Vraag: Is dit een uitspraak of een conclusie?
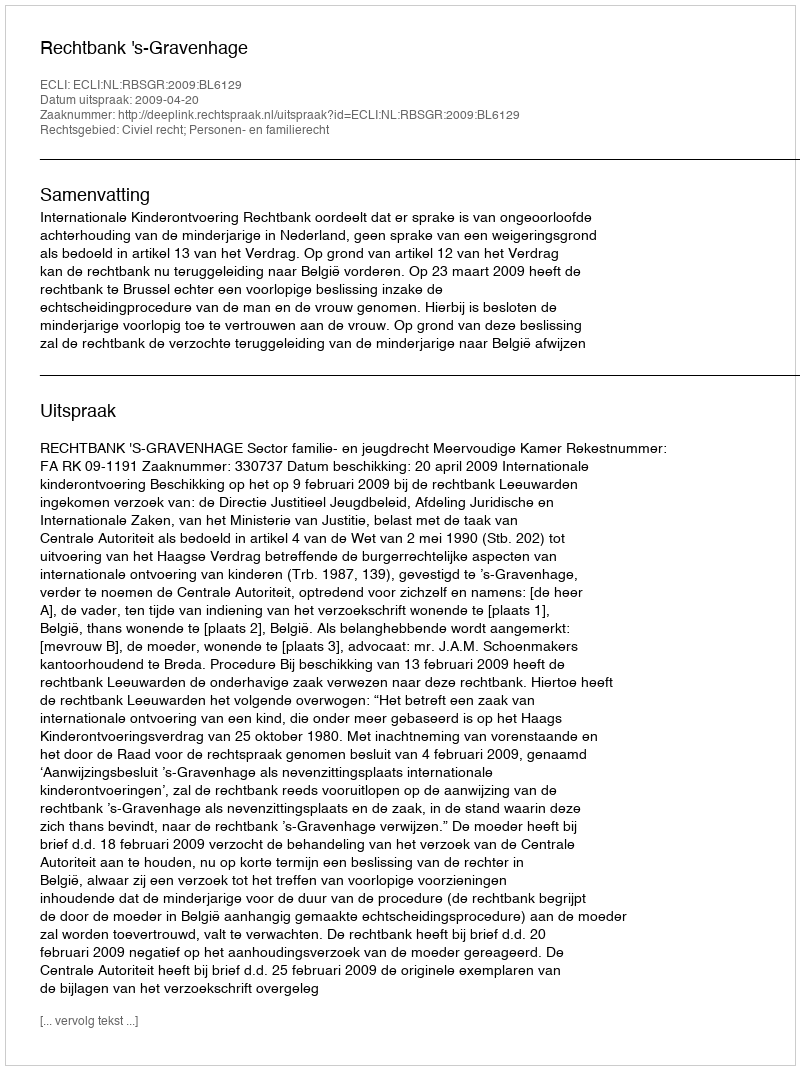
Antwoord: Uitspraak